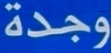
وجدة